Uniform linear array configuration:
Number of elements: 64
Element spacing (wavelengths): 1
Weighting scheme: cosine
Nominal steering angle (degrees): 15
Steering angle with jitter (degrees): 13.214
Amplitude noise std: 0.05
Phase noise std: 0.05

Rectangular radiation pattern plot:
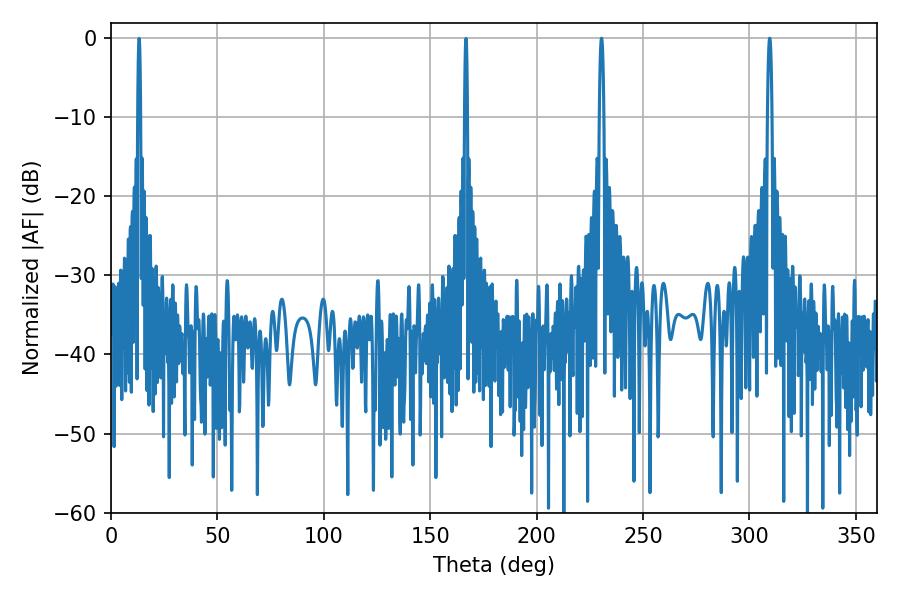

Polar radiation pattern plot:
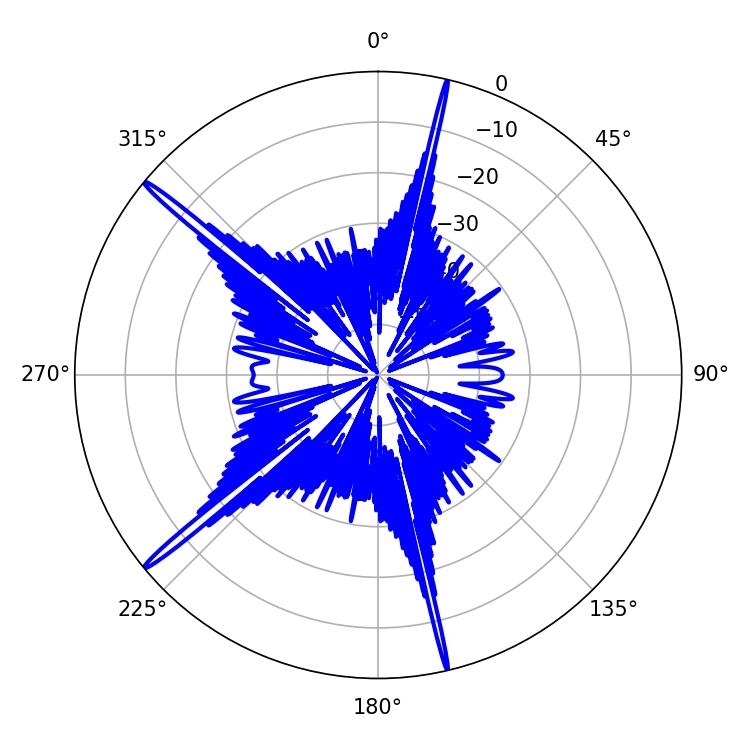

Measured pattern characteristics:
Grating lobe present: TRUE
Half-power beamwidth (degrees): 1.26
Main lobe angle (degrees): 230.4